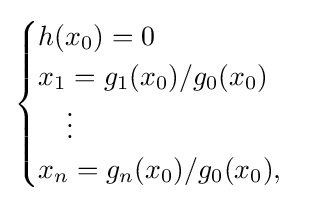
{\begin{cases}h(x_{0})=0\\x_{1}=g_{1}(x_{0})/g_{0}(x_{0})\\\quad \vdots \\x_{n}=g_{n}(x_{0})/g_{0}(x_{0}),\end{cases}}